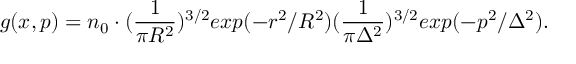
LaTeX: g ( x , p ) = n _ { 0 } \cdot ( \frac { 1 } { \pi R ^ { 2 } } ) ^ { 3 / 2 } e x p ( - r ^ { 2 } / R ^ { 2 } ) ( \frac { 1 } { \pi \Delta ^ { 2 } } ) ^ { 3 / 2 } e x p ( - p ^ { 2 } / \Delta ^ { 2 } ) .